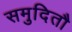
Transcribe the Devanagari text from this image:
समुदितौ